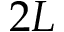
2 L